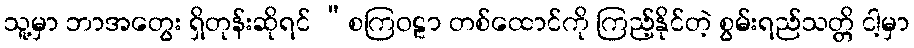
သူ့မှာ ဘာအတွေး ရှိတုန်းဆိုရင် “စကြဝဠာ တစ်ထောင်ကို ကြည့်နိုင်တဲ့ စွမ်းရည်သတ္တိ ငါ့မှာ